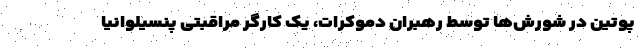
پوتین در شورش‌ها توسط رهبران دموکرات، یک کارگر مراقبتی پنسیلوانیا